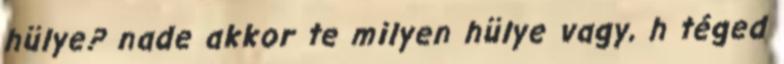
hülye? nade akkor te milyen hülye vagy, h téged